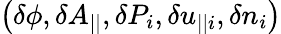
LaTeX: \left(\delta\phi,\delta A_{||},\delta P_{i},\delta u_{||i},\delta n_{i}\right)